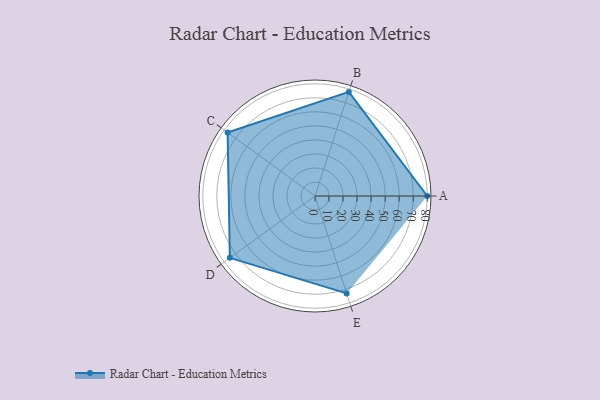
{"axis": {"x": "Skill", "y": "Score"}, "legend": ["Profile"], "data": [{"x": "A", "y": 80.0, "type": "Profile"}, {"x": "B", "y": 78.0, "type": "Profile"}, {"x": "C", "y": 77.0, "type": "Profile"}, {"x": "D", "y": 75.0, "type": "Profile"}, {"x": "E", "y": 73.0, "type": "Profile"}]}